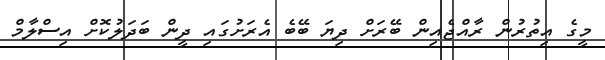
މީގެ އިތުރުން ރާއްޖެއިން ބޭރަށް ދިޔަ ބޭބެ އެރަށުގައި ދީން ބަދަލުކޮށް އިސްލާމް